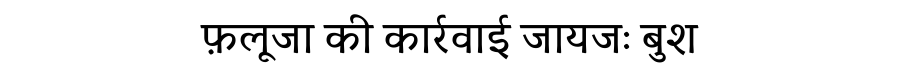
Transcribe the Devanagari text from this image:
फ़लूजा की कार्रवाई जायजः बुश